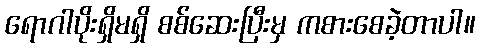
ရောဂါပိုးရှိမရှိ စစ်ဆေးပြီးမှ ကစားစေခဲ့တာပါ။